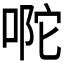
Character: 𭈪